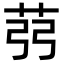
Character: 𦭲